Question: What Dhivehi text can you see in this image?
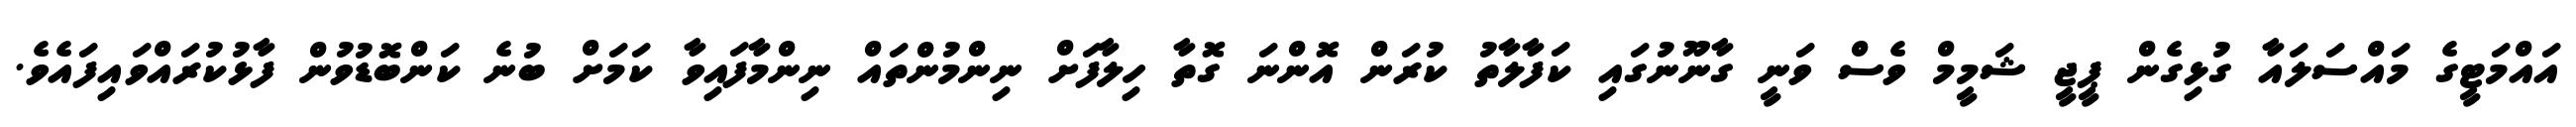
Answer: އައްމަޓީގެ މައްސަލައާ ގުޅިގެން ޕީޖީ ޝަމީމް ވެސް ވަނީ ގާނޫނުގައި ކަފާލާތު ކުރަން އޮންނަ ގޮތާ ހިލާފަށް ނިންމުންތައް ނިންމާފައިވާ ކަމަށް ބުނެ ކަންބޮޑުވުން ފާޅުކުރައްވައިފައެވެ.